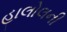
હાલોલની